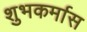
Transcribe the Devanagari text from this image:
शुभकर्मास